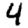
Digit: 4